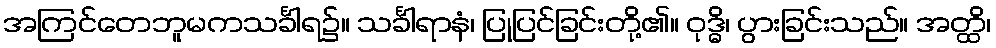
အကြင်တေဘူမကသင်္ခါရ၌။ သင်္ခါရာနံ၊ ပြုပြင်ခြင်းတို့၏။ ဝုဒ္ဓိ၊ ပွားခြင်းသည်။ အတ္ထိ၊